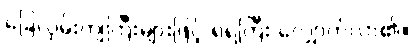
ခြေလှမ်းကျဲကြီးများဖြင့် ရဲရဲကြီး လျှောက်လာ၏။